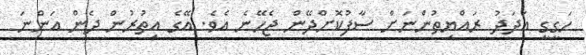
ހަގީގީ އަދަދު ރައްޔިތުންނަށް ސާފުކޮށްދޭން ޖެހޭނެ އެވެ. އޭގެ އިތުރުން ދެން އަންނަ